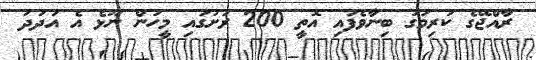
ރާއްޖޭގެ ކުރިމަގު ބިނާވެފައި އޮތީ 200 ރަށުގައި މީހުން ނޫޅެ އެ އަދަދު